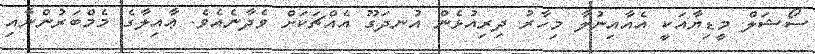
ސޯޝަލް މީޑިޔާއަކީ އެއާއިނުލާ މިހާރު ދިރިއުޅެން އުނދަގޫ އެއްޗަކަށް ވެދާނެއެވެ. ޢާއިލާގެ މެމްބަރުންނާއި